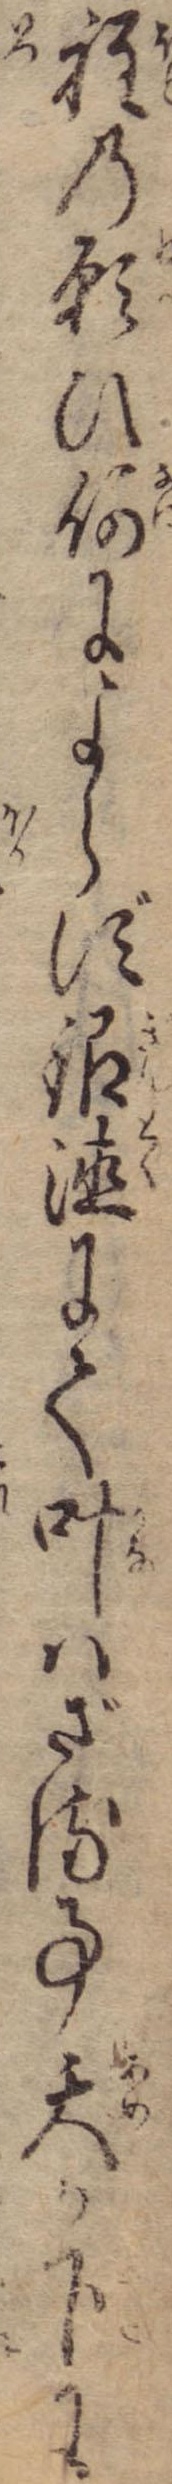
程の願ひ何によらず銀徳にて叶はざる事天か下に